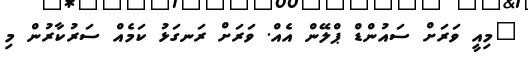
"މިއީ ވަރަށް ސައުންޑް ޕްލޭން އެއް. ވަރަށް ރަނގަޅު ކަމެއް ސަރުކާރުން މި